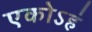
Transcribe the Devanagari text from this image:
एकोऽहं